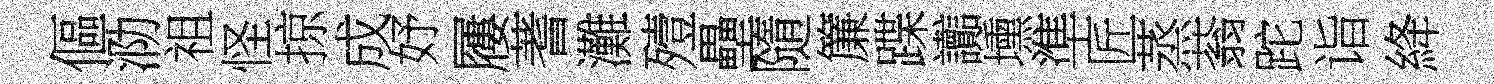
傴泐祖怪掠成妤屨蓍灘殪壘隨簾蹀讟壎準匠蒸蓊跎诣絳